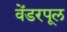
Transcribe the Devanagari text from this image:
वेंडरपूल